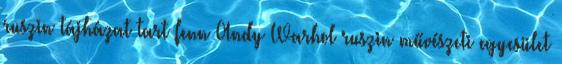
ruszin tájházat tart fenn Andy Warhol ruszin művészeti egyesület